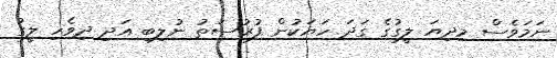
ނަމަވެސް މިދިޔަ ލީގުގެ ގަދަ ހަޔަކުން ފުރުސަތު ނުލިބި އަދި ދިވެހި ލީގު